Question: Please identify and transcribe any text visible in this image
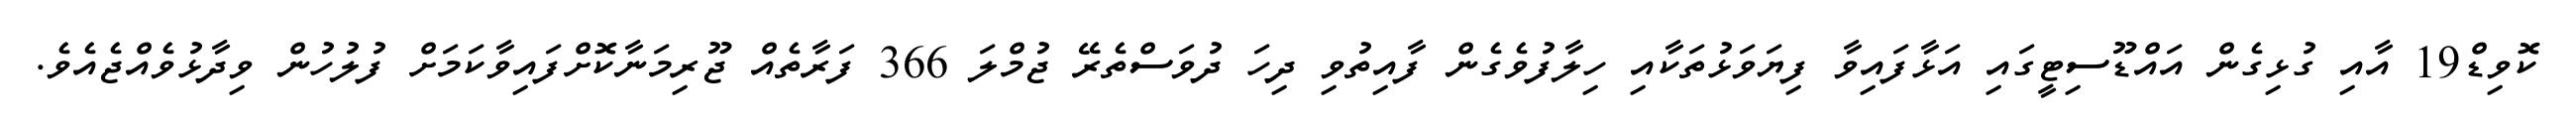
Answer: ކޮވިޑް19 އާއި ގުޅިގެން އައްޑޫސިޓީގައި އަޅާފައިވާ ފިޔަވަޅުތަކާއި ހިލާފުވެގެން ފާއިތުވި ދިހަ ދުވަސްތެރޭ ޖުމްލަ 366 ފަރާތެއް ޖޫރިމަނާކޮށްފައިވާކަމަށް ފުލުހުން ވިދާޅުވެއްޖެއެވެ.